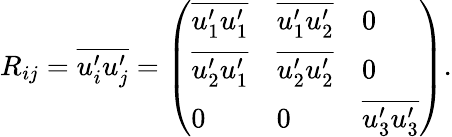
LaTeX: R_{ij}=\overline{{u_{i}^{\prime}u_{j}^{\prime}}}=\left(\begin{array}{lll}{\overline{{u_{1}^{\prime}u_{1}^{\prime}}}}&{\overline{{u_{1}^{\prime}u_{2}^{\prime}}}}&{0}\\ {\overline{{u_{2}^{\prime}u_{1}^{\prime}}}}&{\overline{{u_{2}^{\prime}u_{2}^{\prime}}}}&{0}\\ {0}&{0}&{\overline{{u_{3}^{\prime}u_{3}^{\prime}}}}\end{array}\right).